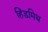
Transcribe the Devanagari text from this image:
हिंडमिथ